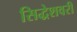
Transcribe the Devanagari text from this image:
सिद्धेशवरी